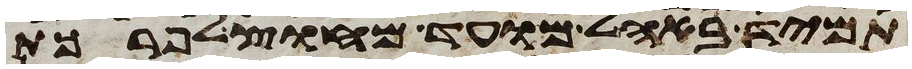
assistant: תמיד באהל מועד מחוץ לפרכת